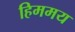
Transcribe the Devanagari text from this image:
हिममय